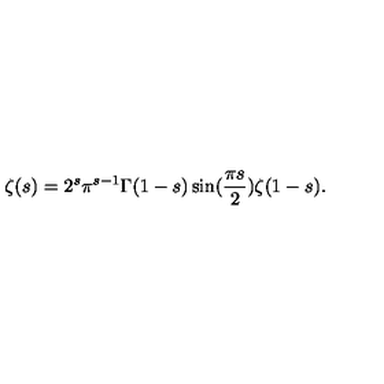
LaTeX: \zeta ( s ) = 2 ^ { s } \pi ^ { s - 1 } \Gamma ( 1 - s ) \sin ( \frac { \pi s } { 2 } ) \zeta ( 1 - s ) .